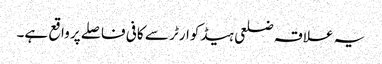
یہ علاقہ ضلعی ہیڈکوارٹر سے کافی فاصلے پر واقع ہے۔